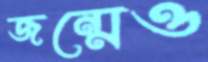
জন্মেও